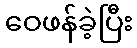
ဝေဖန်ခဲ့ပြီး